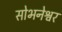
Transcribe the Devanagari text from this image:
सोभनेश्वर